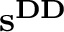
\mathbf { s } ^ { \mathbf { D D } }